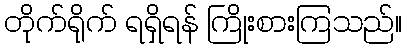
တိုက်ရိုက် ရရှိရန် ကြိုးစားကြသည်။